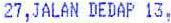
27,JALAN DEDAP 13,